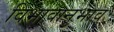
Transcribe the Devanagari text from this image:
विभावानुभाव